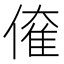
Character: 𠌱